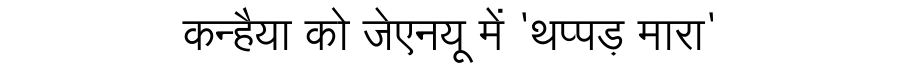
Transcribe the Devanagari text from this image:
कन्हैया को जेएनयू में 'थप्पड़ मारा'